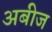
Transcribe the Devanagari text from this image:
अबीज